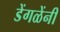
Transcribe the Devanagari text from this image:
डेंगळेंनी